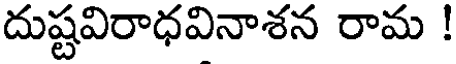
దుష్టవిరాధవినాశన రామ !